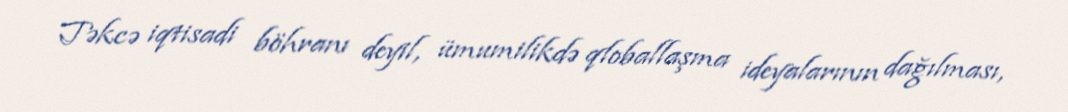
Təkcə iqtisadi böhranı deyil, ümumilikdə qloballaşma ideyalarının dağılması,